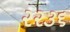
૨૨૩૬